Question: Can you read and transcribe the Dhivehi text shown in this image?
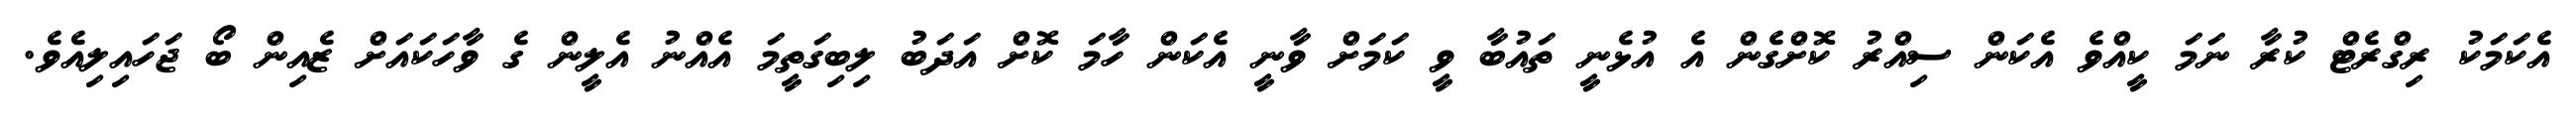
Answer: އެކަމަކު ރިގްރެޓް ކުރާ ނަމަ ކީއްވެ އެކަން ސިއްރު ކޮށްގެން އެ އުޅެނީ ތައުބާ ވީ ކަމަށް ވާނީ އެކަން ހާމަ ކޮށް އަދަބު ލިބިގަތީމަ އެއްނު އެލީން ގެ ވާހަކައަށް ޒެއިން ބޯ ޖަހައިލިއެވެ.